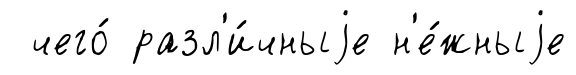
чего́ разл'и́чныjе н'е́жныjе